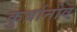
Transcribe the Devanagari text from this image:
कुर्बानोव